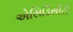
એસિડિસીટી